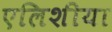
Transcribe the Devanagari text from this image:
एलिशीया